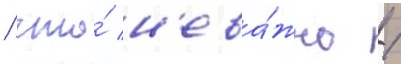
/ что́ н'ева́жно /